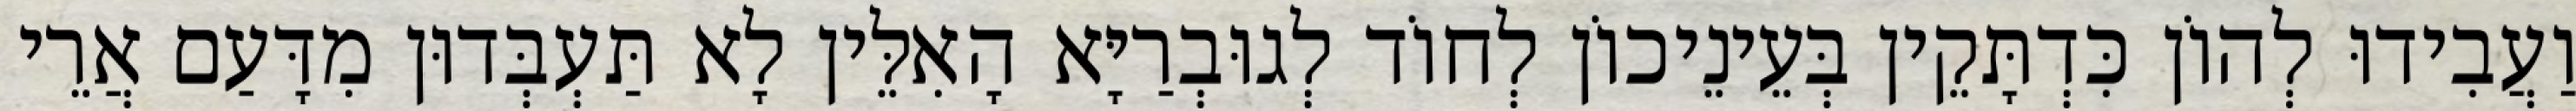
וַעֲבִידוּ לְהוֹן כִּדְתָּקֵין בְּעֵינֵיכוֹן לְחוֹד לְגוּבְרַיָּא הָאִלֵּין לָא תַּעְבְּדוּן מִדָּעַם אֲרֵי